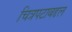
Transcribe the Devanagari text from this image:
चित्रपटाबद्दल